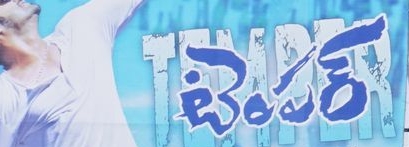
Language: telugu
Transcription: టెంపర్